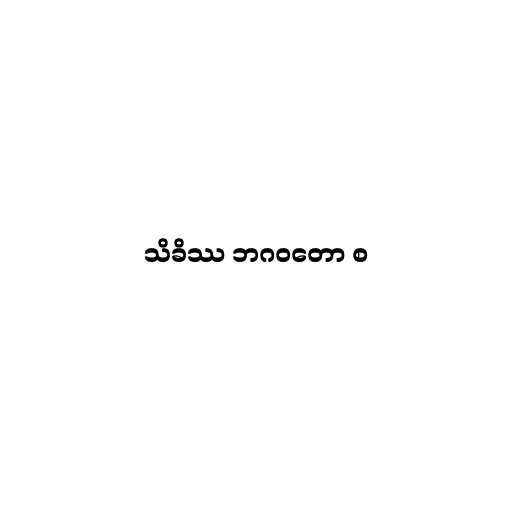
သိခိဿ ဘဂဝတော စ